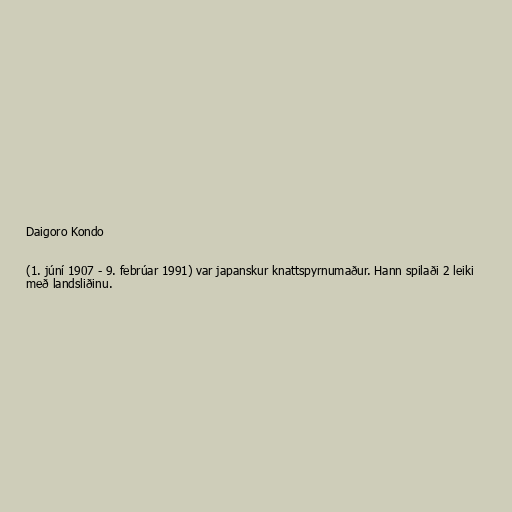
Daigoro Kondo

(1. júní 1907 - 9. febrúar 1991) var japanskur knattspyrnumaður. Hann spilaði 2 leiki
með landsliðinu.